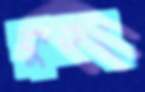
কুরুং